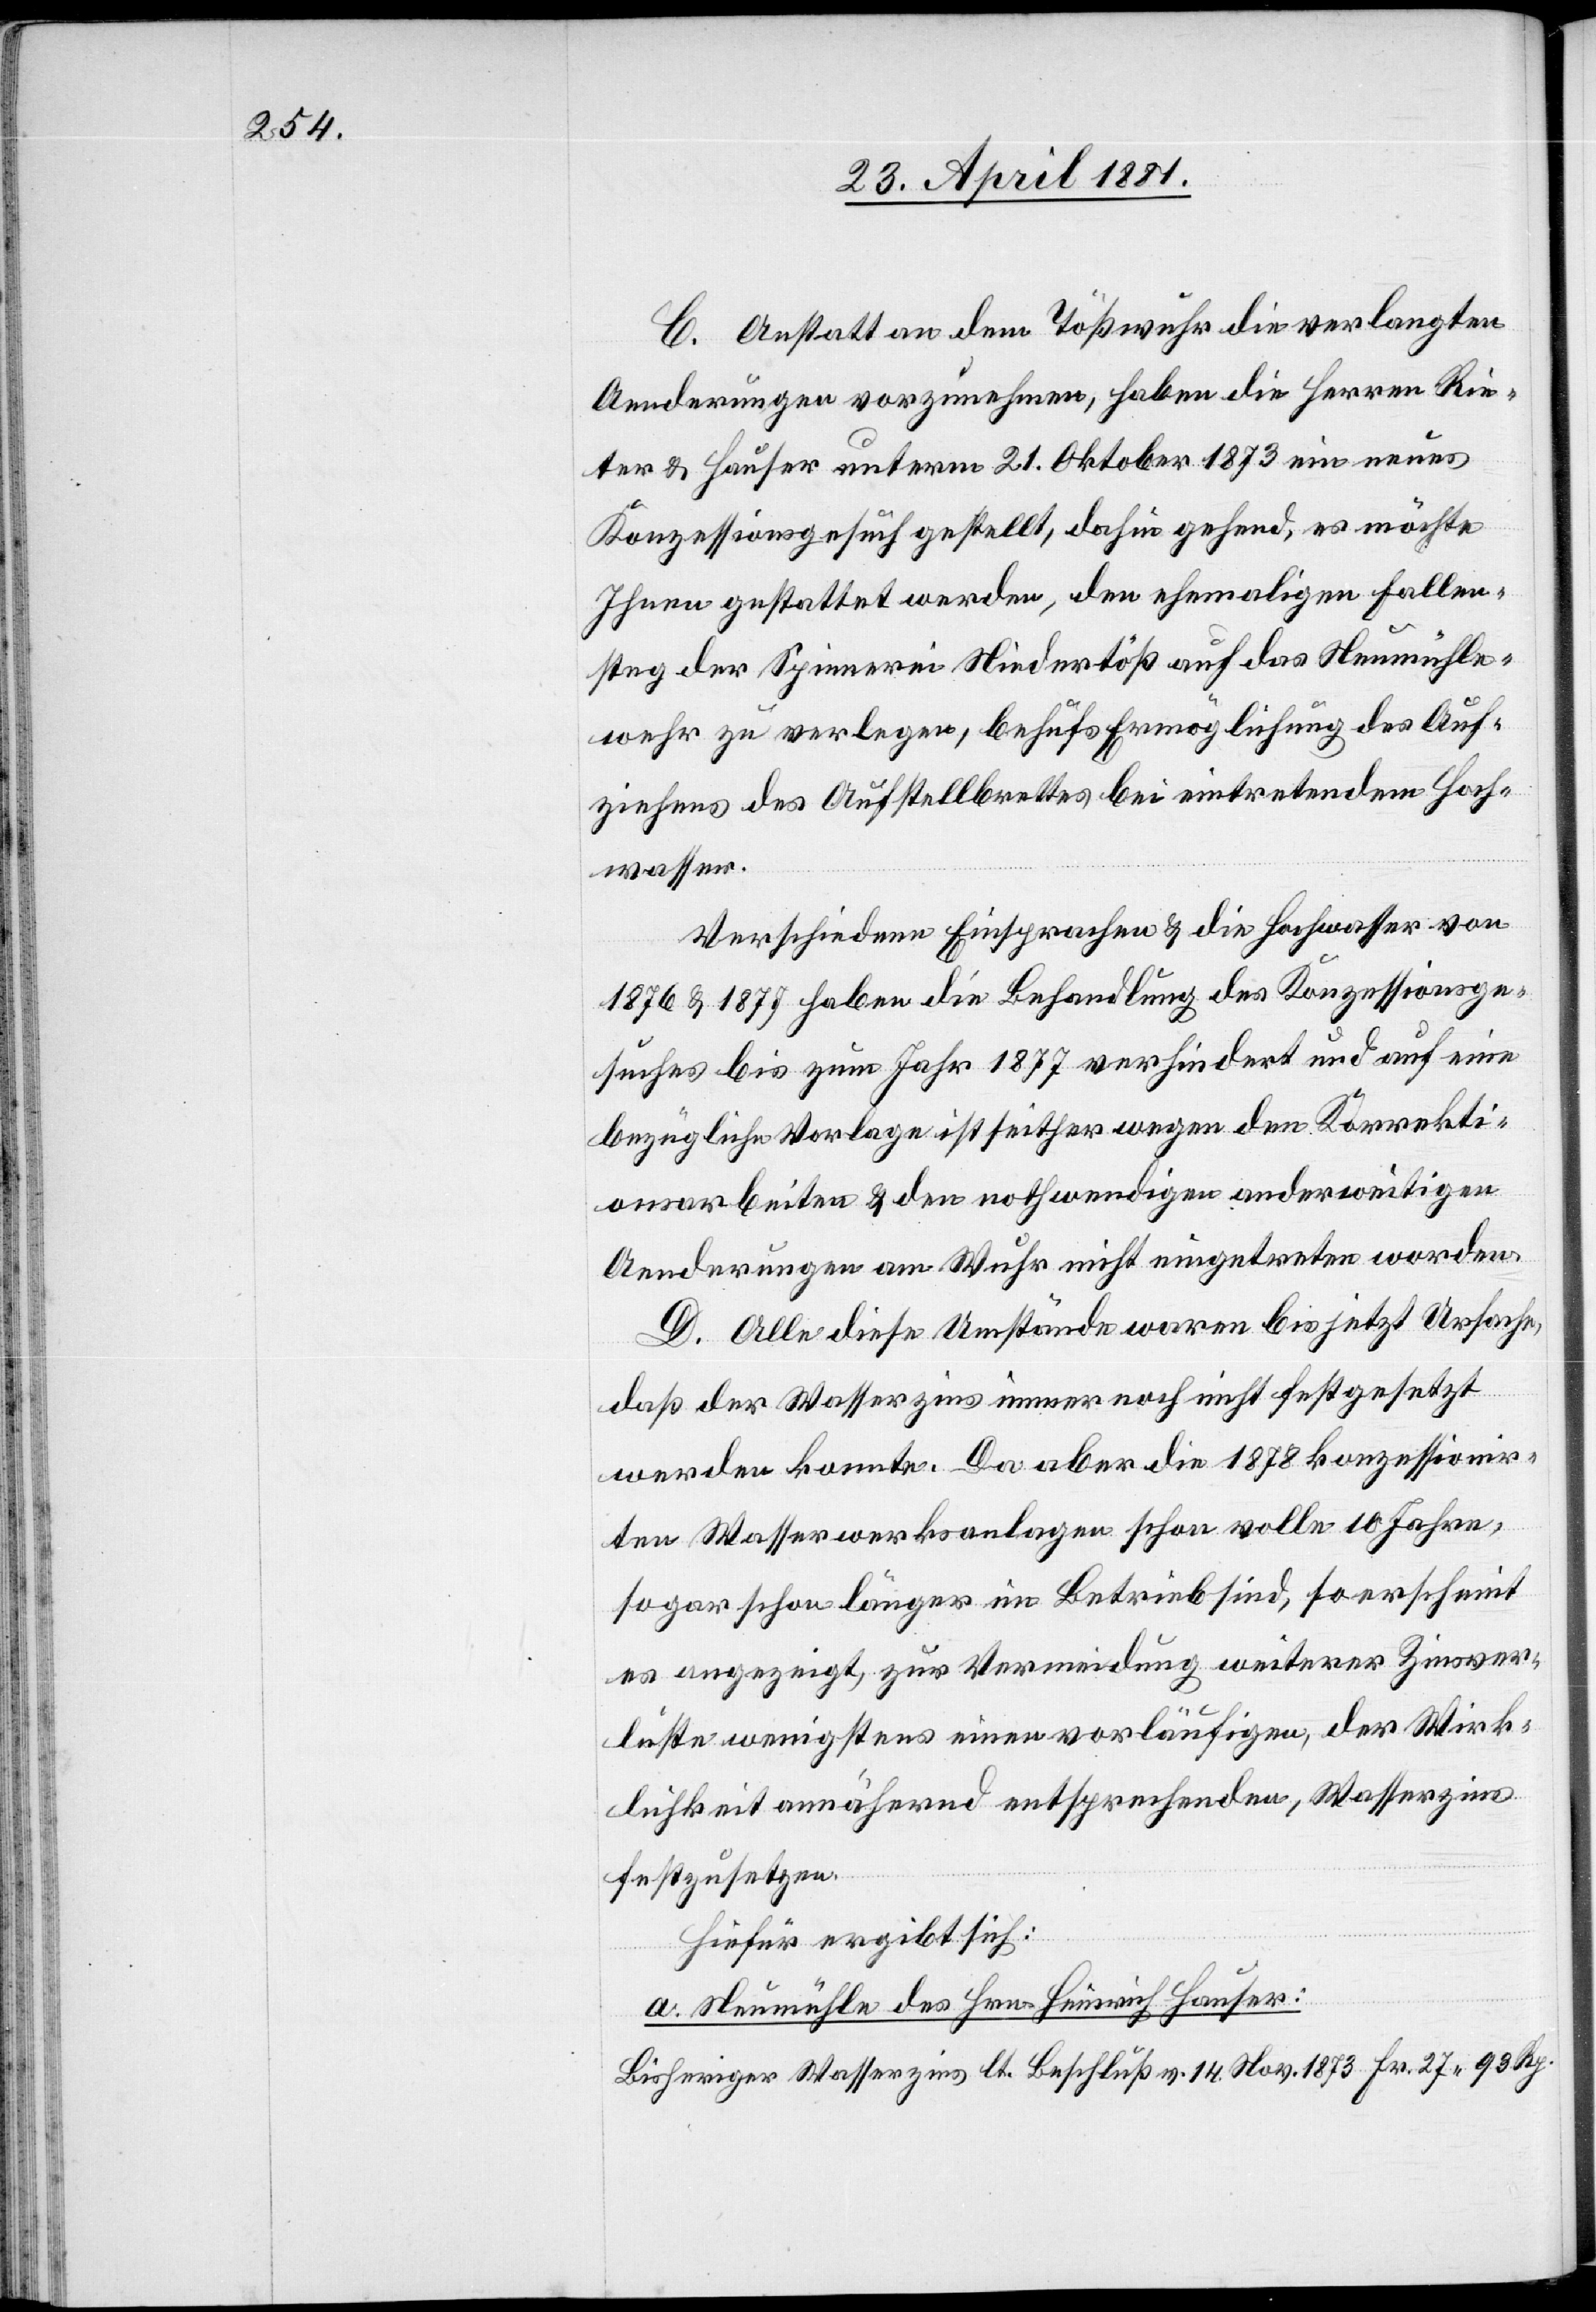
C. Anstatt an dem Tößwuhr die verlangten
Aenderungen vorzunehmen, haben die Herren Rie¬
ter & Hauser unterm 21. Oktober 1873 ein neues
Konzessionsgesuch gestellt, dahin gehend, es möchte
Ihnen gestattet werden, den ehemaligen Fallen¬
steg der Spinnerei Niedertöß auf das Neumühle¬
wehr zu verlegen, behufs Ermöglichung des Auf¬
ziehens des Aufstellbrettes bei eintretendem Hoch¬
wasser.
Verschiedene Einsprachen & die Hochwasser von
1876 & 1877 haben die Behandlung des Konzessionsge¬
suches bis zum Jahr 1877 verhindert und auf eine
bezügliche Vorlage ist seither wegen den Korrekti¬
onsarbeiten & den nothwendigen anderweitigen
Aenderungen am Wuhr nicht eingetreten worden.
D. Alle diese Umstände waren bis jetzt Ursache,
daß der Wasserzins immer noch nicht festgesetzt
werde konnte. Da aber die 1878 konzessionir¬
ten Wasserwerksanlagen schon volle 10 Jahre,
sogar schon länger im Betrieb sind, so erscheint
es angezeigt, zur Verminderung weiterer Zinsver¬
luste wenigstens einen vorläufigen, der Wirk¬
lichkeit annähernd entsprechenden, Waßerzins
festzusetzen.
Hiefür ergibt sich:
a. Neumühle des Hrn. Heinrich Hauser:
Bisheriger Wasserzins lt. Beschluß v. 14. Nov. 1873 Fr. 27 93 Rp.